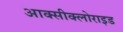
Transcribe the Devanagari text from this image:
आक्‍सीक्‍लोराइड